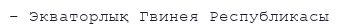
– Экваторлық Гвинея Республикасы